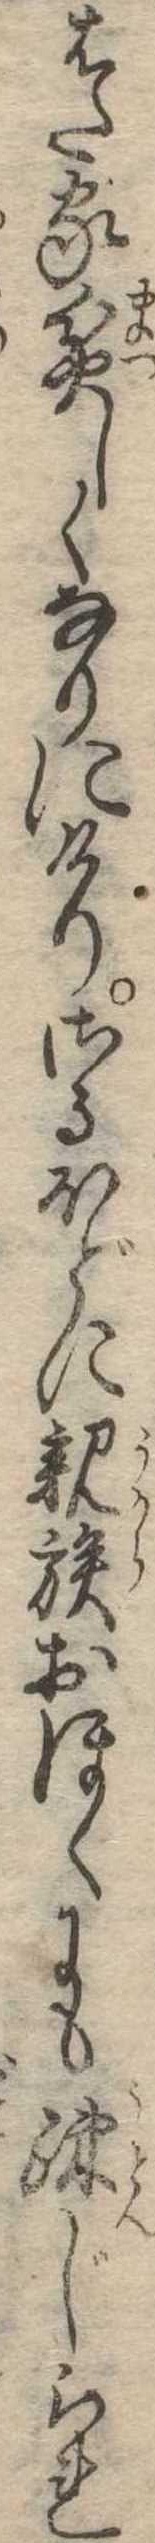
はた家貧しくなりにけりさるほどに親族おほくにも疎じられ